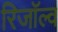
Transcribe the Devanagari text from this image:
रिजॉल्व